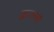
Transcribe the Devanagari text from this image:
क्नाल्स